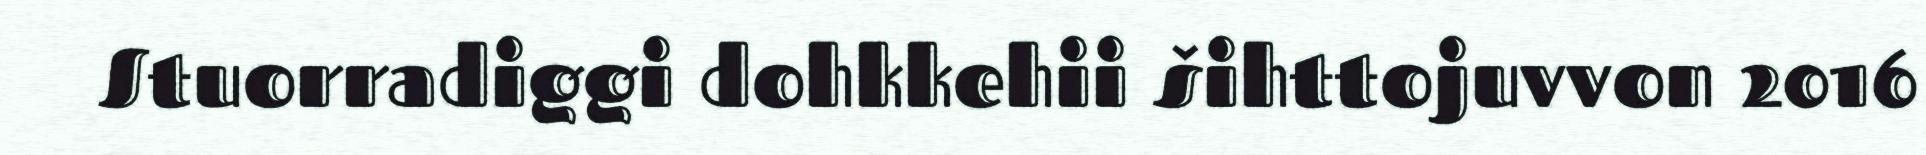
Stuorradiggi dohkkehii šihttojuvvon 2016